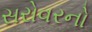
સરોવરનો